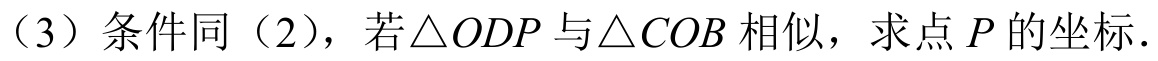
（3）条件同（2），若\(\triangle ODP\)与\(\triangle COB\)相似，求点\(P\)的坐标．